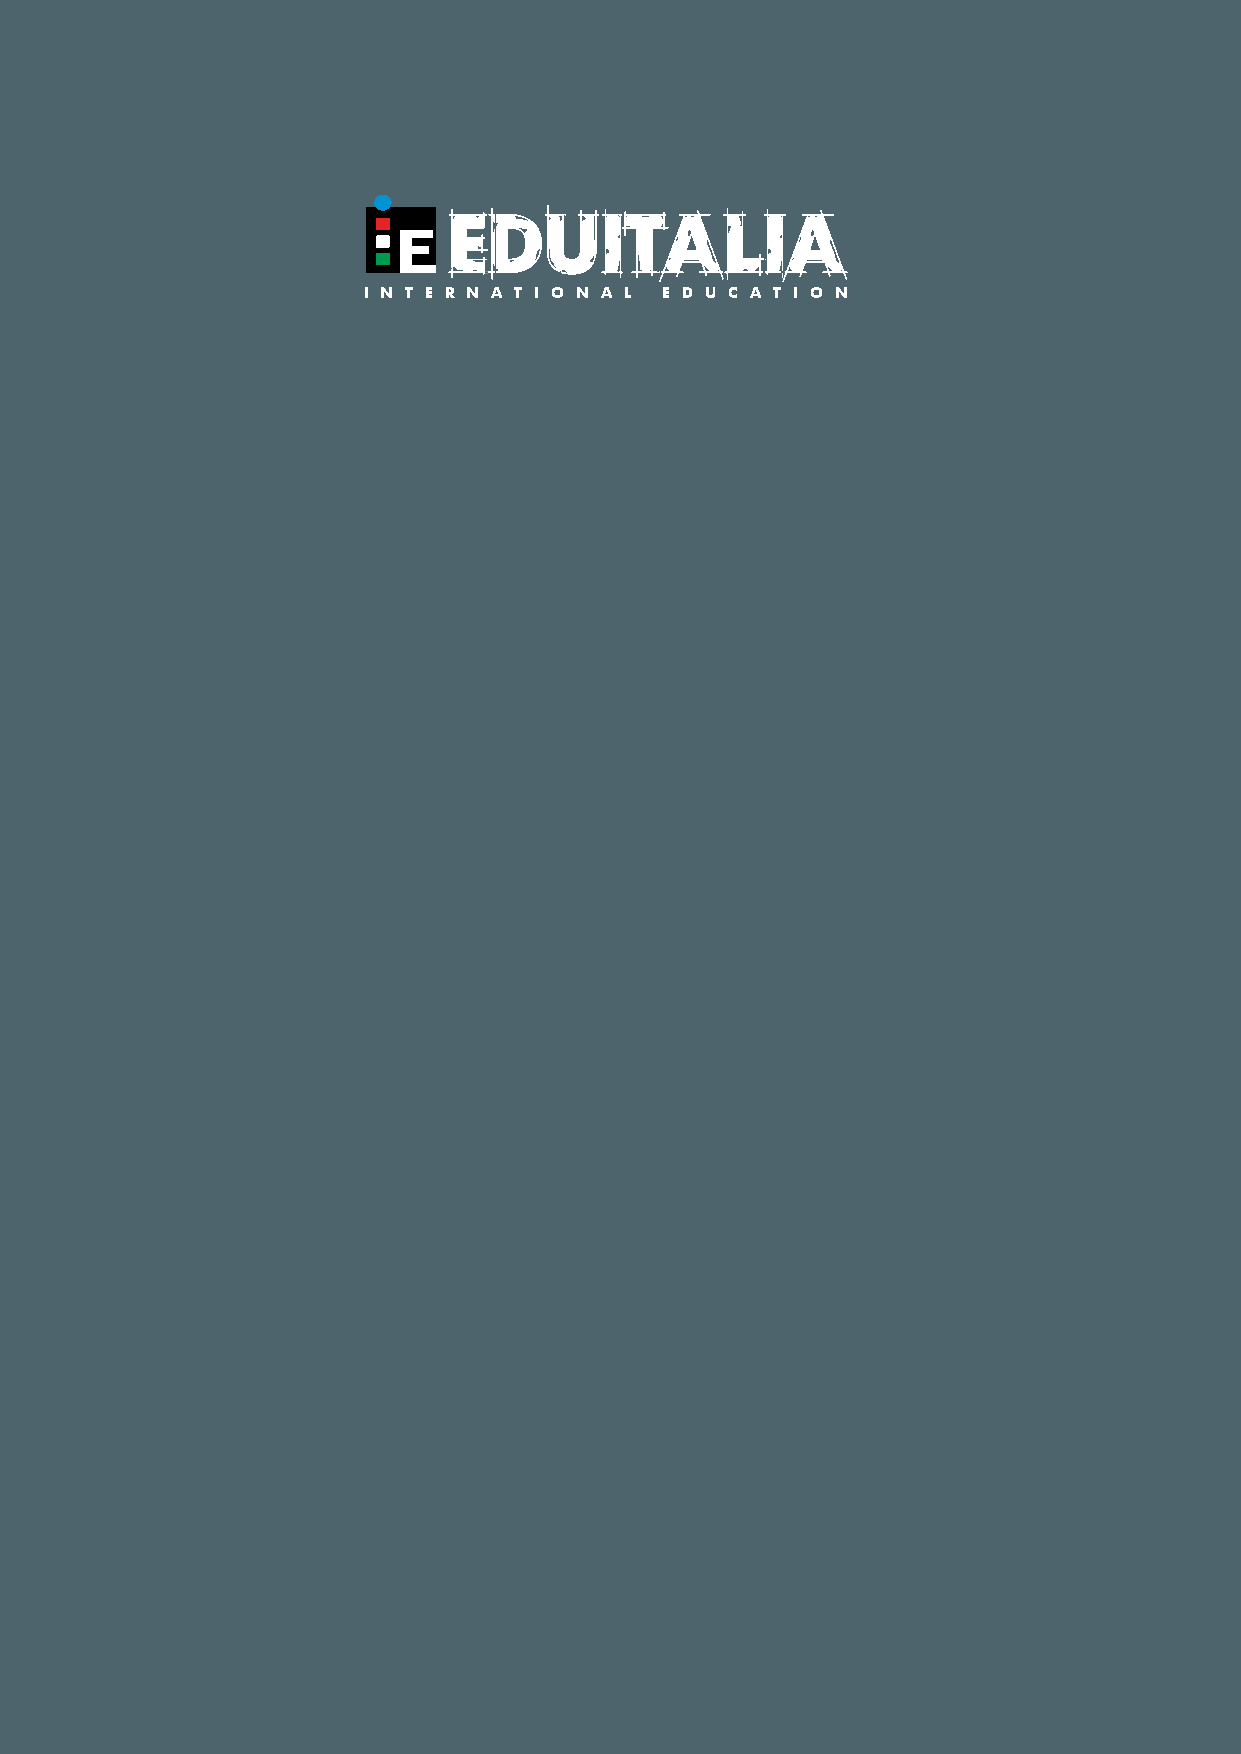
I N T E R N A T I O N A L E D U C A T I O N